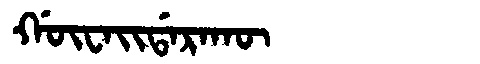
Manchu: ᡤᡡᠸᠠᡳᡩᠠᡵᠠᡴᡡ
Romanization: GŪWAIDARAKŪ